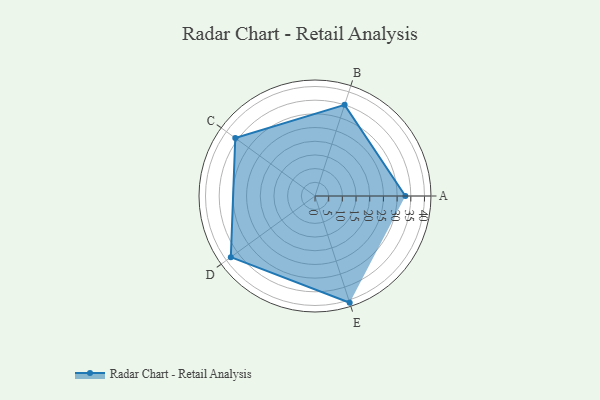
{"axis": {"x": "Skill", "y": "Score"}, "legend": ["Profile"], "data": [{"x": "A", "y": 33.0, "type": "Profile"}, {"x": "B", "y": 35.0, "type": "Profile"}, {"x": "C", "y": 36.0, "type": "Profile"}, {"x": "D", "y": 38.0, "type": "Profile"}, {"x": "E", "y": 41.0, "type": "Profile"}]}